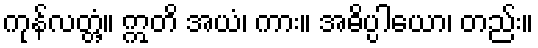
ကုန်လတ္တံ့။ ဣတိ အယံ၊ ကား။ အဓိပ္ပါယော၊ တည်း။